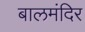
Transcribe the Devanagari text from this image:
बालमंदिर